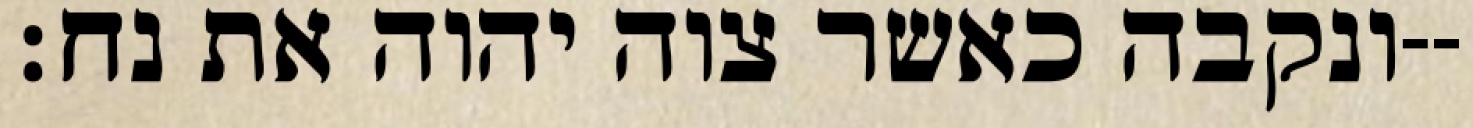
ונקבה כאשר צוה יהוה את נח׃--